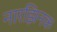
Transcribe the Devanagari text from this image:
नारझिनक